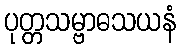
ပုတ္တသမ္ဗာဓသယနံ